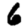
Digit: 6